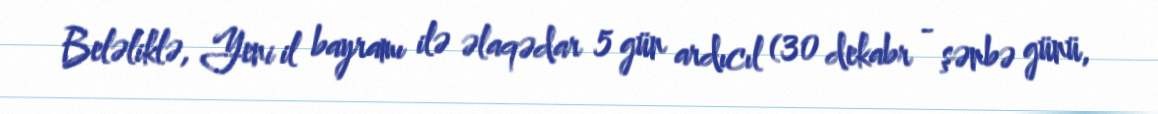
Beləliklə, Yeni il bayramı ilə əlaqədar 5 gün ardıcıl (30 dekabr - şənbə günü,